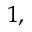
^ { 1 , }